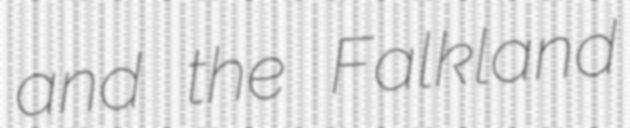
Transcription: and the Falkland